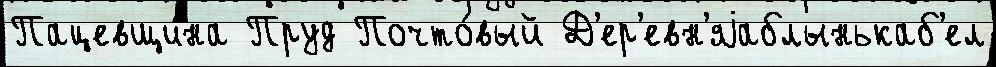
Пацевщина Пруд Почто́вый Д'ер'евн'яjаблынькаб'ел